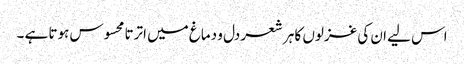
اس لیے ان کی غزلوں کا ہر شعر دل و دماغ میں اترتا محسوس ہوتا ہے ۔